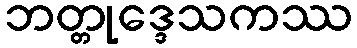
ဘတ္တုဒ္ဒေသကဿ